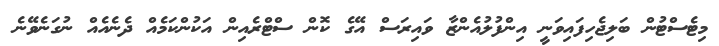
މިޓެސްޓުން ބަލިޖެހިފައިވަނީ އިންފުލުއެންޒާ ވައިރަސް އޭގެ ކޮން ސްޓްރެއިން އަކުންކަމެއް ދެނެއެއް ނުގަނެވޭނެ